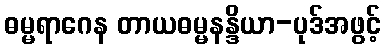
ဓမ္မရာဂေန တာယဓမ္မနန္ဒိယာ-ပုဒ်အဖွင့်